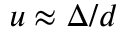
u \approx \Delta / d